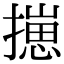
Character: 㩄